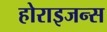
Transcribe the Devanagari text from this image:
होराइजन्स